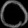
Digit: ၀